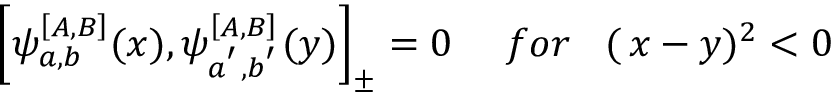
\left[ \psi _ { a , b } ^ { \left[ A , B \right] } ( x ) , \psi _ { a ^ { ^ { \prime } } , b ^ { ^ { \prime } } } ^ { \left[ A , B \right] } ( y ) \right] _ { \pm } = 0 \, \, \, \, \, \, \, \, f o r \, \, \, \, \, ( \, x - y ) ^ { 2 } < 0